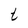
Character: t